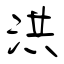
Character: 洪